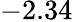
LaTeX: -2.34